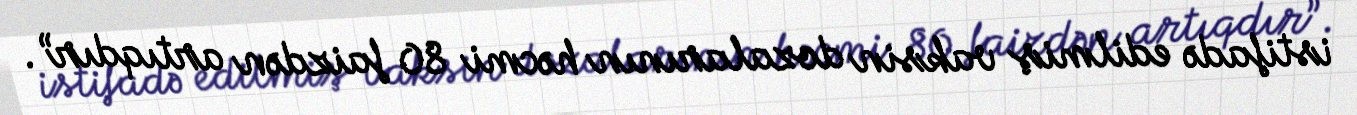
istifadə edilmiş vaksin dozalarının həcmi 80 faizdən artıqdır”.